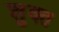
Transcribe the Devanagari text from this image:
शुक्त